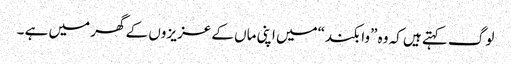
لوگ کہتے ہیں کہ وہ ”وا بکند“میں اپنی ماں کے عزیز وں کے گھر میں ہے ۔